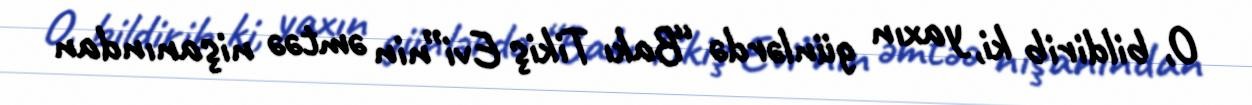
O, bildirib ki, yaxın günlərdə “Bakı Tikiş Evi”nin əmtəə nişanından